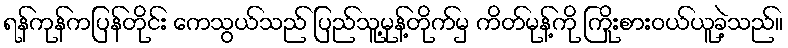
ရန်ကုန်ကပြန်တိုင်း ကေသွယ်သည် ပြည်သူ့မုန့်တိုက်မှ ကိတ်မုန့်ကို ကြိုးစားဝယ်ယူခဲ့သည်။